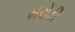
મરોડી